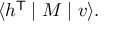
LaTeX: \langle h ^ { \mathsf { T } } \mid M \mid v \rangle .